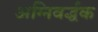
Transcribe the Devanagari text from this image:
अग्निवर्द्धक